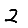
Digit: 2